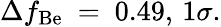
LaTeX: \Delta f_{\mathrm{Be}}~=~0.49,\, 1\sigma.